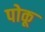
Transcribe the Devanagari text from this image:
पोकू